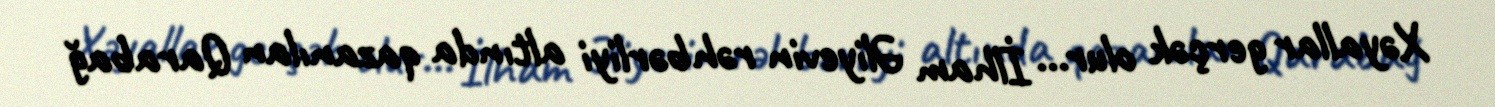
Xəyallar gerçək olur... İlham Əliyevin rəhbərliyi altında qazanılan Qarabağ